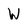
Character: W